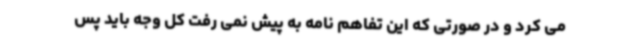
می کرد و در صورتی که این تفاهم نامه به پیش نمی رفت کل وجه باید پس